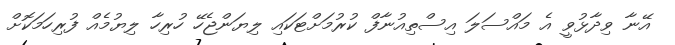
އޭނާ ވިދާޅުވީ އެ މައްސަލަ އިސްތިއުނާފް ކުރުމަށްޓަކައި ލިޔަންޖެހޭ ހުރިހާ ލިޔުމެއް ފުރިހަމަކޮށް